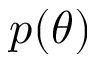
p ( \theta )